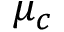
\mu _ { c }